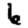
Digit: 6